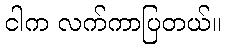
ငါက လက်ကာပြတယ်။